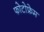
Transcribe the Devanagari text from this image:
फोटोफ्रेम